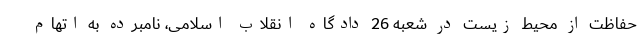
حفاظت از محیط زیست در شعبه 26 دادگاه انقلاب اسلامی، نامبرده به اتهام